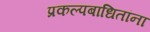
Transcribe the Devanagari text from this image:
प्रकल्पबाधितांना